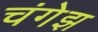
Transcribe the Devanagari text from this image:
चंगेझ